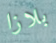
بلازا